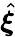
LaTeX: \hat{\boldsymbol\xi}